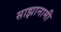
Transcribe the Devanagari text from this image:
साझानामी